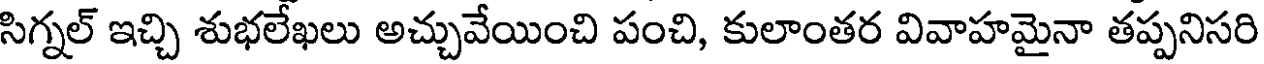
సిగ్నల్ ఇచ్చి శుభలేఖలు అచ్చువేయించి పంచి, కులాంతర వివాహమైనా తప్పనిసరి